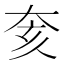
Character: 奒